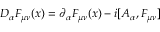
D _ { \alpha } F _ { \mu \nu } ( x ) = \partial _ { \alpha } F _ { \mu \nu } ( x ) - i [ A _ { \alpha } , F _ { \mu \nu } ]